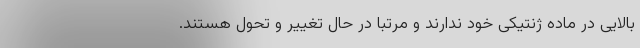
بالایی در ماده ژنتیکی خود ندارند و مرتبا در حال تغییر و تحول هستند.